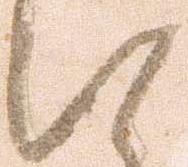
い